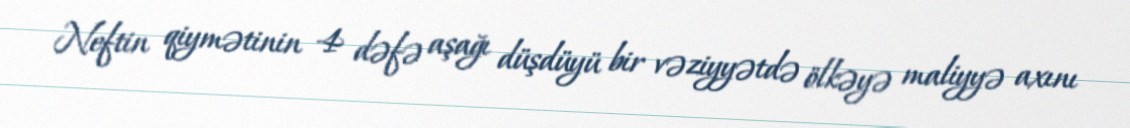
Neftin qiymətinin 4 dəfə aşağı düşdüyü bir vəziyyətdə ölkəyə maliyyə axını